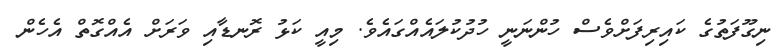
ނިގޫފަތުގެ ކައިރިފަށްވެސް ހުންނަނީ ހުދުކުލައެއްގައެވެ. މިއީ ކަޅު ރޮނޑާއި ވަރަށް އެއްގޮތް އެހެން